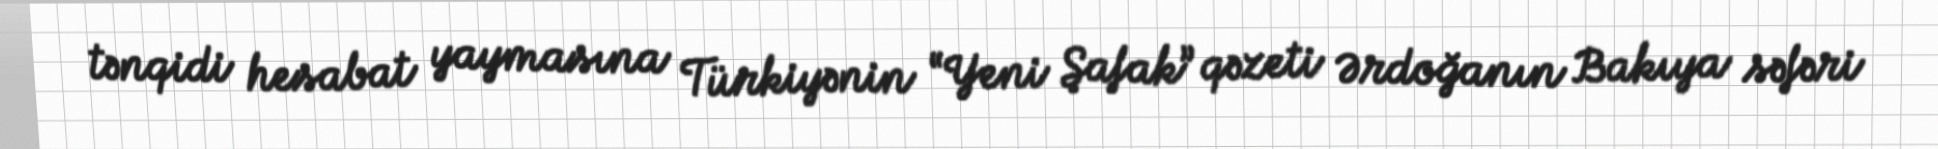
tənqidi hesabat yaymasına Türkiyənin “Yeni Şafak” qəzeti Ərdoğanın Bakıya səfəri